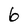
Character: 6